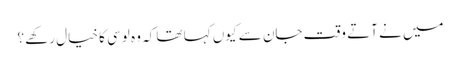
میں نے آتے وقت جان سے کیوں کہا تھا کہ وہ لوسی کا خیال رکھے ؟